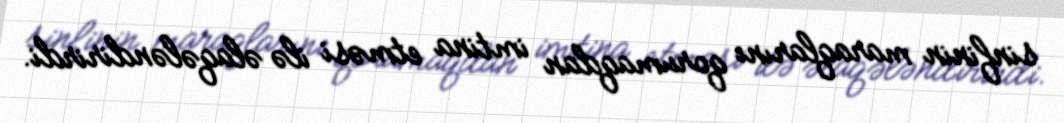
sinfinin maraqlarını qorumaqdan imtina etməsi ilə əlaqələndirirdi.